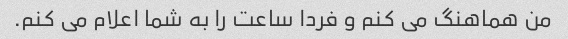
من هماهنگ می کنم و فردا ساعت را به شما اعلام می کنم.